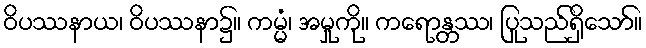
ဝိပဿနာယ၊ ဝိပဿနာ၌။ ကမ္မံ၊ အမှုကို။ ကရောန္တဿ၊ ပြုသည်ရှိသော်။